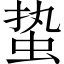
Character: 蛰